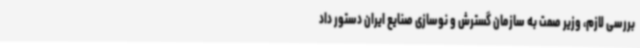
بررسی لازم، وزیر صمت به سازمان گسترش و نوسازی صنایع ایران دستور داد